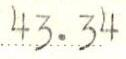
43.34